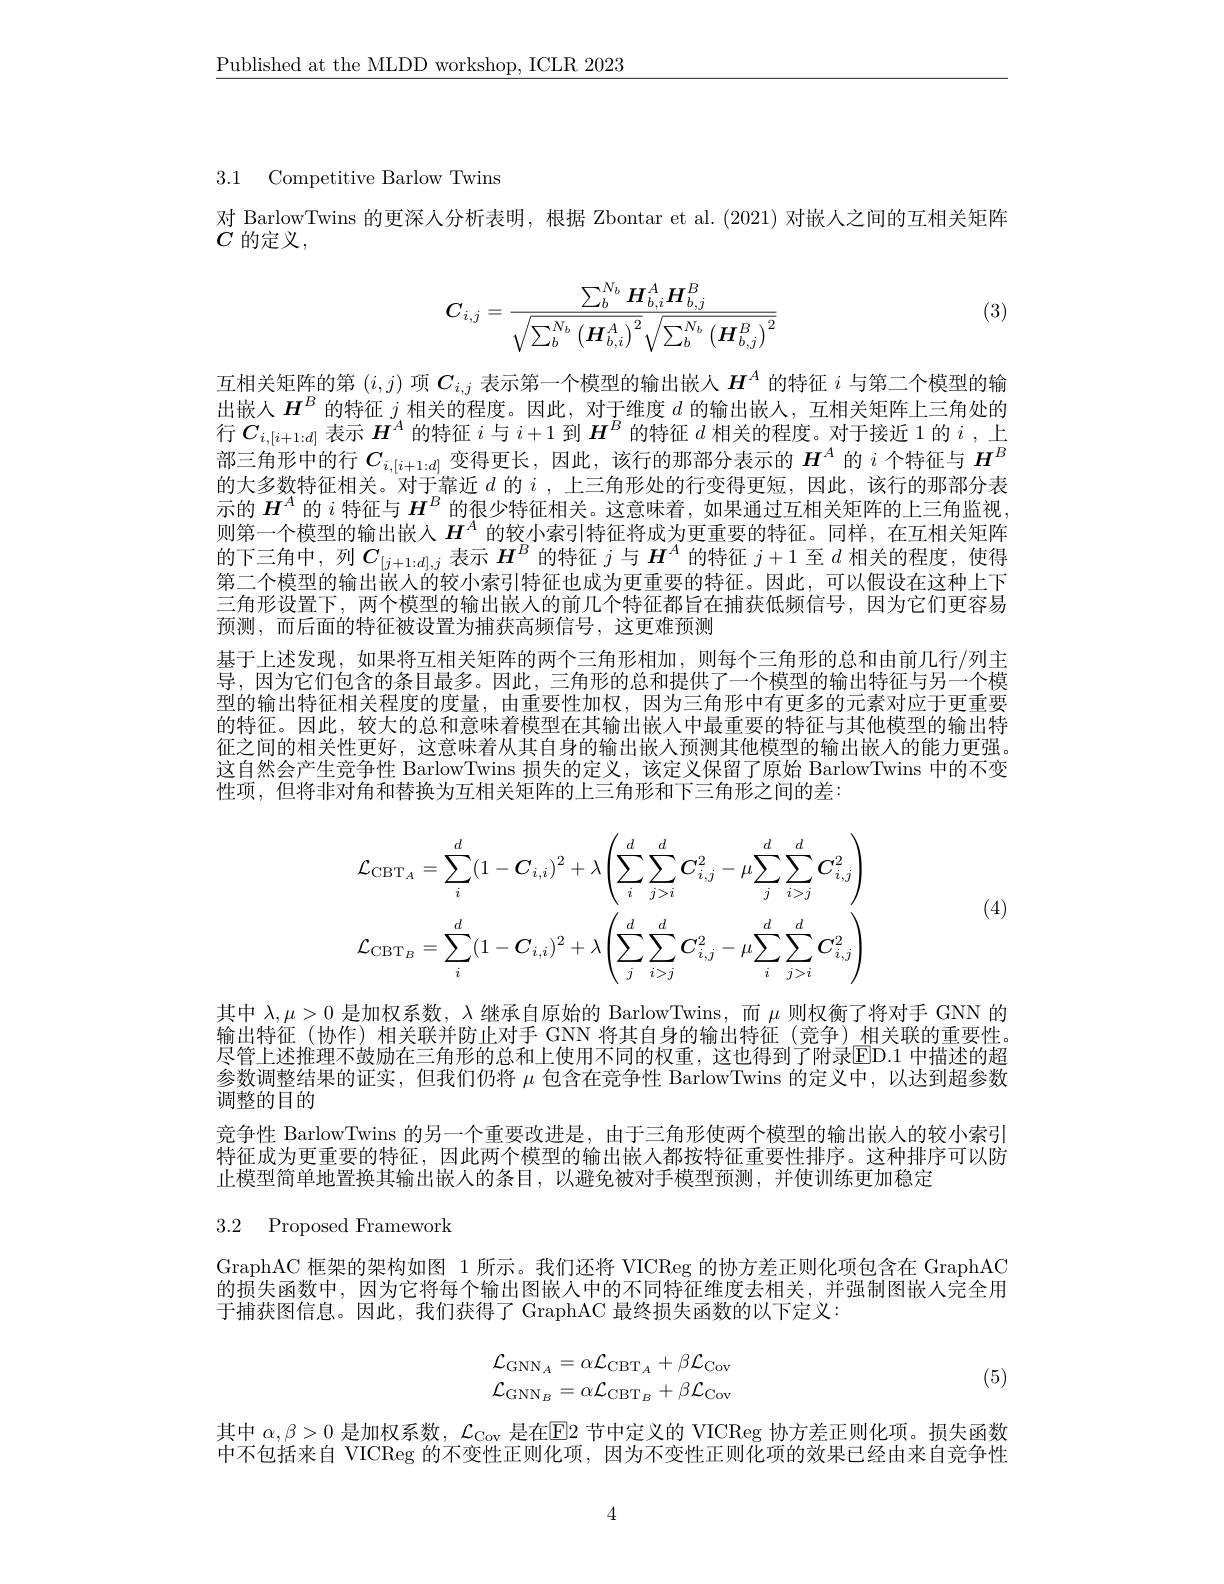
$\underline{\text{Published at the MLDD workshop, ICLR 2023}}$

3.1 Competitive Barlow Twins

对 BarlowTwins 的更深人分析表明，根据 Zbontar et al.(2021) 对嵌人之间的互相关矩阵
$\dot{C}$ 的定义，

(3)
$$C_{i,j}=\frac{\sum_{b}^{N_{b}}H_{b,i}^{A}H_{b,j}^{B}}{\sqrt{\sum_{b}^{N_{b}}\left(H_{b,i}^{A}\right)^{2}}\sqrt{\sum_{b}^{N_{b}}\left(H_{b,j}^{B}\right)^{2}}}$$
互相关矩阵的第$(i,j)$项$C_{i,j}$表示第一个模型的输出嵌人$H^A$的特征$i$与第二个模型的输出嵌人$\boldsymbol{H}^B$的特征$j$相关的程度。因此，对于维度$d$的输出嵌人，互相关矩阵上三角处的行$C_{i,[i+1:d]}$表示$H^A$的特征$i$与$i+1$到$\boldsymbol H^B$的特征$d$相关的程度。对于接近 1 的$i$ ,上部三角形中的行$C_{i,[i+1:d]}$变得更长，因此，该行的那部分表示的$H^A$的$i$个特征与$H^B$ 的大多数特征相关。对于靠近$d$ 的$i$,上三角形处的行变得更短，因此，该行的那部分表示的$H^A$的$i$特征与$H^B$的很少特征相关。这意味着，如果通过互相关矩阵的上三角监视则第一个模型的输出嵌入$H^A$的较小索引特征将成为更重要的特征。同样，在互相关矩阵的下三角中，列$C_[j+1:d],j$表示$H^B$的特征$j$与$\boldsymbol H^A$的特征$j+1$至$d$相关的程度，使得第二个模型的输出嵌人的较小索引特征也成为更重要的特征。因此，可以假设在这种上下三角形设置下，两个模型的输出嵌人的前几个特征都旨在捕获低频信号，因为它们更容易预测，而后面的特征被设置为捕获高频信号，这更难预测
基于上述发现，如果将互相关矩阵的两个三角形相加，则每个三角形的总和由前几行/列主导，因为它们包含的条目最多。因此，三角形的总和提供了一个模型的输出特征与另一个模型的输出特征相关程度的度量，由重要性加权，因为三角形中有更多的元素对应于更重要的特征。因此，较大的总和意味着模型在其输出嵌入中最重要的特征与其他模型的输出特征之间的相关性更好，这意味着从其自身的输出嵌人预测其他模型的输出嵌入的能力更强。这自然会产生竞争性 BarlowTwins 损失的定义，该定义保留了原始 BarlowTwins 中的不变性项，但将非对角和替换为互相关矩阵的上三角形和下三角形之间的差：
$$\mathcal{L}_{\mathrm{CBT}_{A}}=\sum_{i}^{d}(1-C_{i,i})^{2}+\lambda\left(\sum_{i}^{d}\sum_{j>i}^{d}C_{i,j}^{2}-\mu\sum_{j}^{d}\sum_{i>j}^{d}C_{i,j}^{2}\right)\\\mathcal{L}_{\mathrm{CBT}_{B}}=\sum_{i}^{d}(1-C_{i,i})^{2}+\lambda\left(\sum_{j}^{d}\sum_{i>j}^{d}C_{i,j}^{2}-\mu\sum_{i}^{d}\sum_{j>i}^{d}C_{i,j}^{2}\right)$$
(4)

其中$\lambda,\mu>0$是加权系数，$\lambda$继承自原始的 BarlowTwins,而$\mu$则权衡了将对手 GNN 的输出特征(协作)相关联并防止对手 GNN 将其自身的输出特征(竞争)相关联的重要性。尽管上述推理不鼓励在三角形的总和上使用不同的权重，这也得到了附录ED. 1 中描述的超参数调整结果的证实，但我们仍将$\mu$包含在竞争性 BarlowTwins 的定义中，以达到超参数调整的目的
竞争性 BarlowTwins 的另一个重要改进是，由于三角形使两个模型的输出嵌入的较小索引特征成为更重要的特征，因此两个模型的输出嵌人都按特征重要性排序。这种排序可以防止模型简单地置换其输出嵌人的条目，以避免被对手模型预测，并使训练更加稳定

3.2 Proposed Framework

GraphAC 框架的架构如图 1 所示。我们还将 VICReg 的协方差正则化项包含在 GraphAC $\bar{\text{的损失函数中，因为它将每个输出图嵌人中的不同特征维度去相关，并强制图嵌人完全用}}$ 于捕获图信息。因此，我们获得了 GraphAC 最终损失函数的以下定义：
$$\begin{array}{l}\mathcal{L}_{\mathrm{GNN}_A}=\alpha\mathcal{L}_{\mathrm{CBT}_A}+\beta\mathcal{L}_{\mathrm{Cov}}\\\mathcal{L}_{\mathrm{GNN}_B}=\alpha\mathcal{L}_{\mathrm{CBT}_B}+\beta\mathcal{L}_{\mathrm{Cov}}\end{array}$$
(5)

其中$\alpha,\beta>0$是加权系数，$\mathcal{L}_\mathrm{Cov}$是在$\boxed{\mathrm{F}}2$节中定义的 VICReg 协方差正则化项。损失函数中不包括来自 VICReg 的不变性正则化项，因为不变性正则化项的效果已经由来自竞争性

4